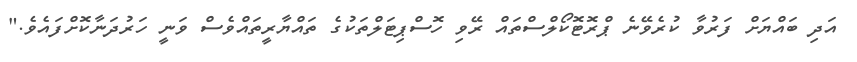
އަދި ބައްޔަށް ފަރުވާ ކުރެވޭނެ ޕްރޮޓޮކޯލްސްތައް ރޭވި ހޮސްޕިޓަލްތަކުގެ ތައްޔާރީތައްވެސް ވަނީ ހަރުދަނާކޮށްފައެވެ."